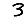
Digit: 3